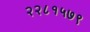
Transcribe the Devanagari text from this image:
२२८१५७९